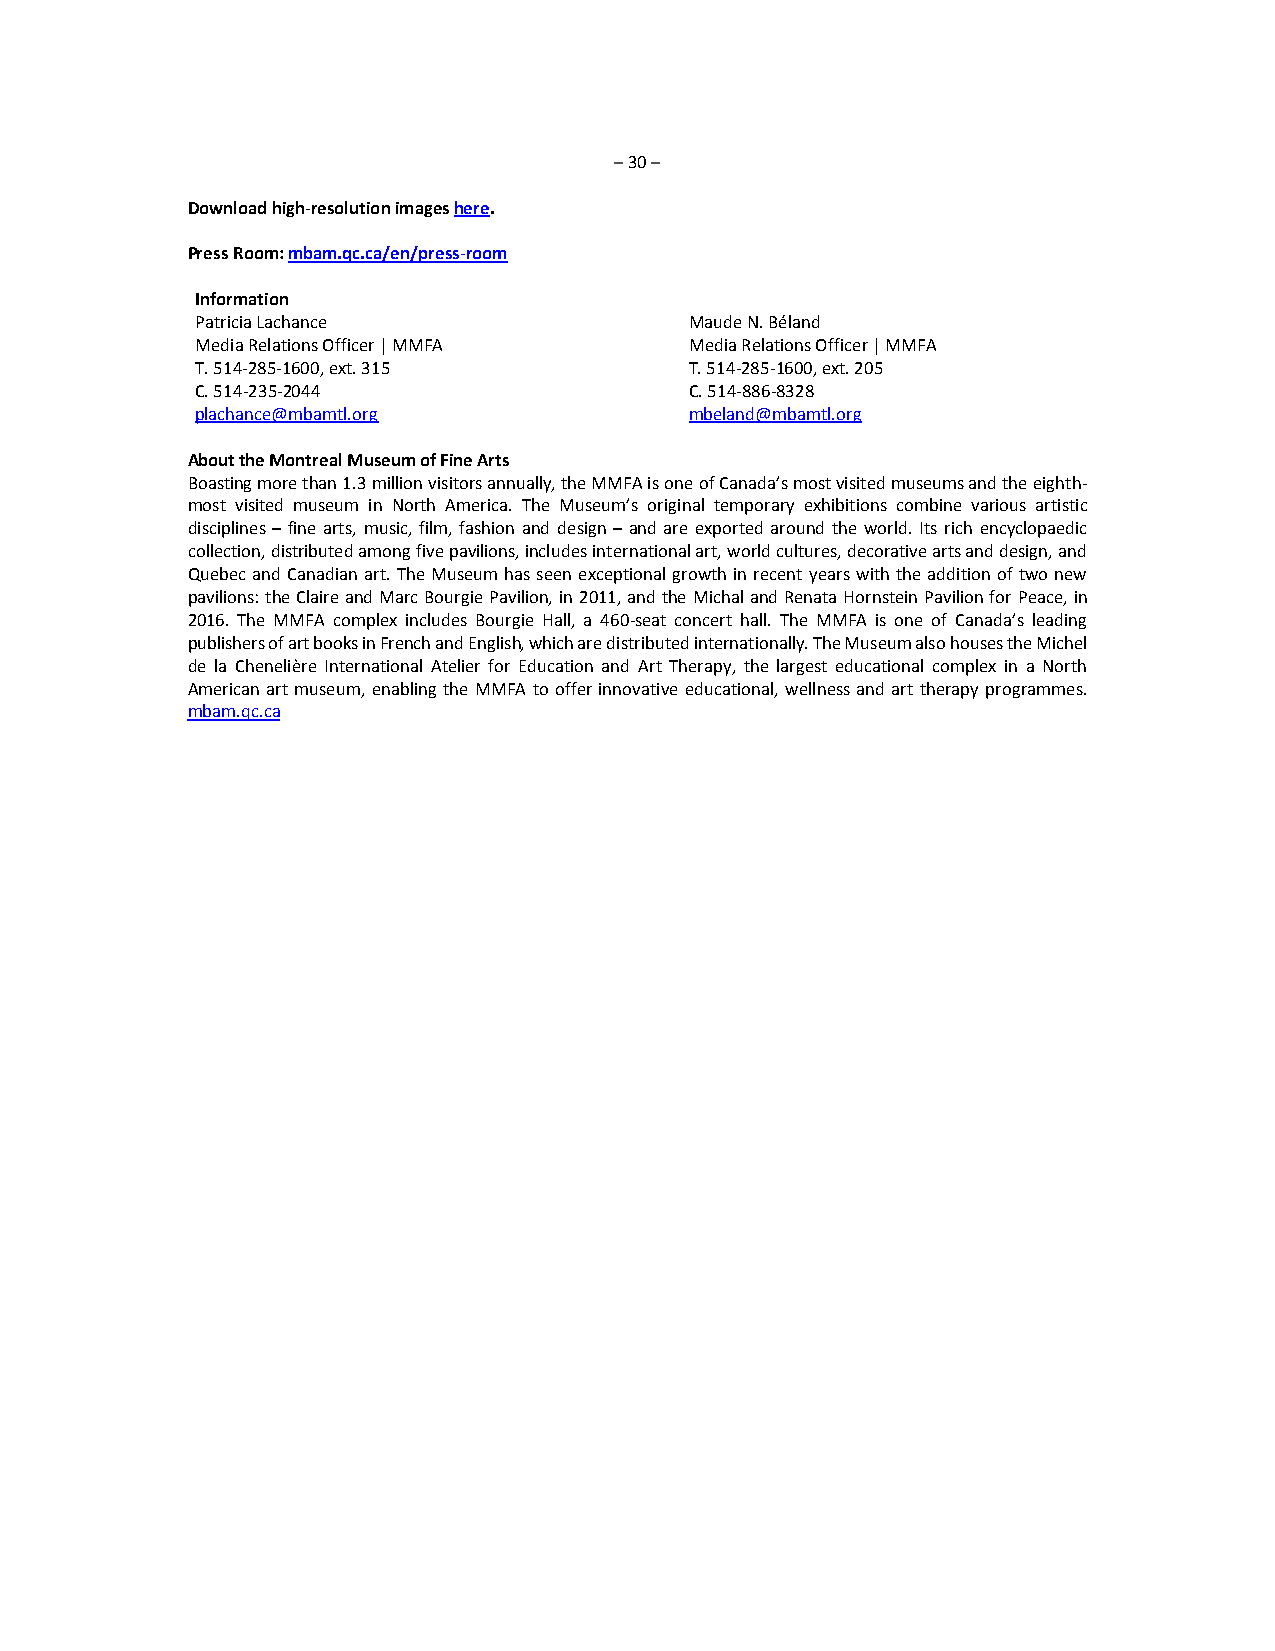
– 30 –
 Download high-resolution images here.
 Press Room: mbam.qc.ca/en/press-room
 Information
 Patricia Lachance                Maude N. Béland
 Media Relations Officer | MMFA   Media Relations Officer | MMFA
 T. 514-285-1600, ext. 315        T. 514-285-1600, ext. 205
 C. 514-235-2044                  C. 514-886-8328
 plachance@mbamtl.org             mbeland@mbamtl.org
 About the Montreal Museum of Fine Arts
 Boasting more than 1.3 million visitors annually, the MMFA is one of Canada’s most visited museums and the eighth-
 most visited museum in North America. The Museum’s original temporary exhibitions combine various artistic
 disciplines – fine arts, music, film, fashion and design – and are exported around the world. Its rich encyclopaedic
 collection, distributed among five pavilions, includes international art, world cultures, decorative arts and design, and
 Quebec and Canadian art. The Museum has seen exceptional growth in recent years with the addition of two new
 pavilions: the Claire and Marc Bourgie Pavilion, in 2011, and the Michal and Renata Hornstein Pavilion for Peace, in
 2016. The MMFA complex includes Bourgie Hall, a 460-seat concert hall. The MMFA is one of Canada’s leading
 publishers of art books in French and English, which are distributed internationally. The Museum also houses the Michel
 de la Chenelière International Atelier for Education and Art Therapy, the largest educational complex in a North
 American art museum, enabling the MMFA to offer innovative educational, wellness and art therapy programmes.
 mbam.qc.ca